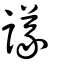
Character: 議